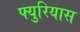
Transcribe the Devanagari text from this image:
फ्युरियास